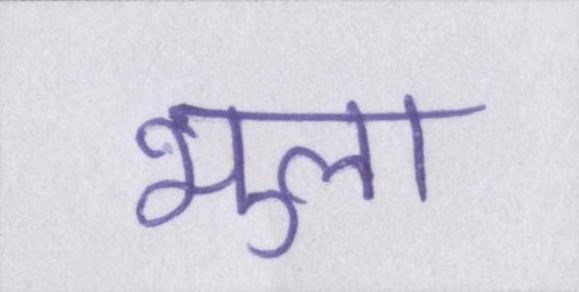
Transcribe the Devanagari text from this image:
भुला